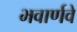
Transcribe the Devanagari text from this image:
भवार्णवे